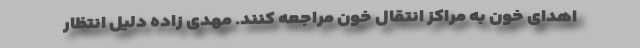
اهدای خون به مراکز انتقال خون مراجعه کنند. مهدی زاده دلیل انتظار